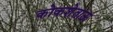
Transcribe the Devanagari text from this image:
कोकशेताऊ